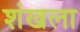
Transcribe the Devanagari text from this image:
शंखला